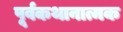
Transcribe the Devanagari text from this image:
पूर्वकथानात्मक